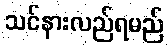
သင်နားလည်ရမည်